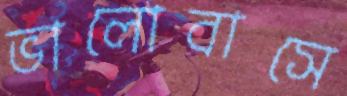
ভালোবাসে